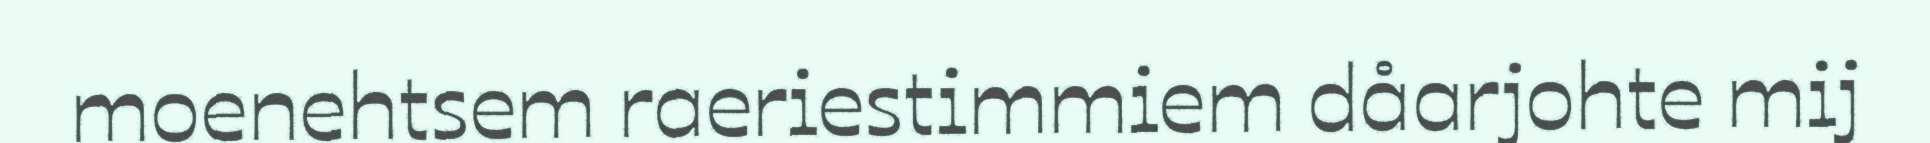
moenehtsem raeriestimmiem dåarjohte mij